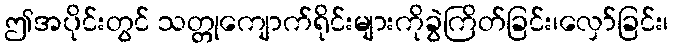
ဤအပိုင်းတွင် သတ္တုကျောက်ရိုင်းများကိုခွဲကြိတ်ခြင်း၊လှော်ခြင်း၊